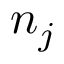
n _ { j }